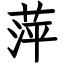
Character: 萍